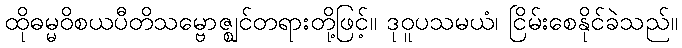
ထိုဓမ္မဝိစယပီတိသမ္ဗောဇ္ဈင်တရားတို့ဖြင့်။ ဒုဝူပသမယံ၊ ငြိမ်းစေနိုင်ခဲသည်။